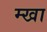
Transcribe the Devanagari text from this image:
म्खा